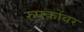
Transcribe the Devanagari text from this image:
रुपकोंवर